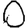
Digit: 0